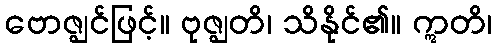
ဗောဇ္ဈင်ဖြင့်။ ဗုဇ္ဈတိ၊ သိနိုင်၏။ ဣတိ၊